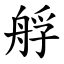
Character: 艀